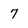
Character: 7